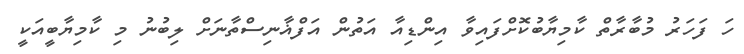
ހަ ފަހަރު މުބާރާތް ކާމިޔާބުކޮށްފައިވާ އިންޑިއާ އަތުން އަފްޣާނިސްތާނަށް ލިބުނު މި ކާމިޔާބީއަކީ